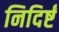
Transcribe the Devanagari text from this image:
निदिर्ष्टं